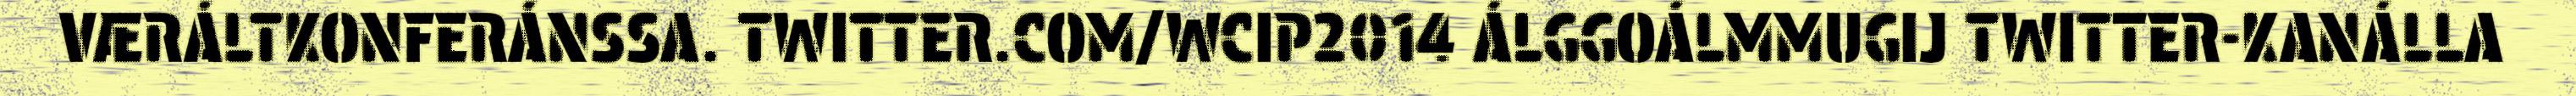
VÆRÁLTKONFERÁNSSA. TWITTER.COM/WCIP2014 ÁLGGOÁLMMUGIJ TWITTER-KANÁLLA